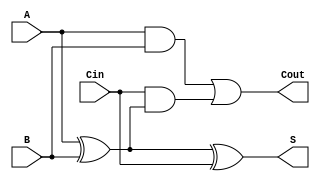
module full_adder (
    input wire A,     // First input bit
    input wire B,     // Second input bit
    input wire Cin,   // Carry-in bit
    output wire S,    // Sum output
    output wire Cout   // Carry-out output
);

// Calculate the sum output using XOR gates
assign S = A ^ B ^ Cin;

// Calculate the carry-out output using AND and OR gates
assign Cout = (A & B) | (Cin & (A ^ B));

endmodule